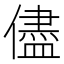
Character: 儘